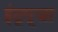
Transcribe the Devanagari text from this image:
इंद्रपूजा